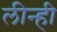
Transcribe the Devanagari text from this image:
लीन्‍ही